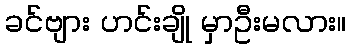
ခင်ဗျား ဟင်းချို မှာဦးမလား။